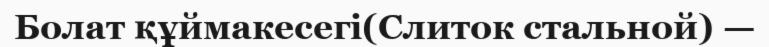
Болат құймакесегі(Слиток стальной) —